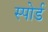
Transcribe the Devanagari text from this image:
स्पोर्ड